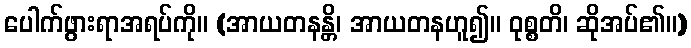
ပေါက်ဖွားရာအရပ်ကို။ (အာယတနန္တိ၊ အာယတနဟူ၍။ ဝုစ္စတိ၊ ဆိုအပ်၏။)